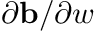
{ \partial \mathbf { b } } / { \partial \boldsymbol { w } }